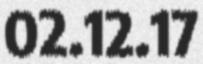
02.12.17